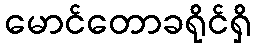
မောင်တောခရိုင်ရှိ